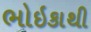
ભોઇકાથી